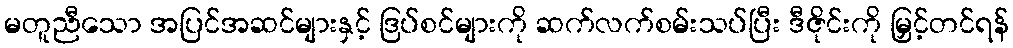
မတူညီသော အပြင်အဆင်များနှင့် ဒြပ်စင်များကို ဆက်လက်စမ်းသပ်ပြီး ဒီဇိုင်းကို မြှင့်တင်ရန်